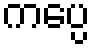
ကပ္ပေ